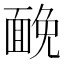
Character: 𩈦